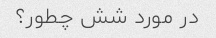
در مورد شش چطور؟